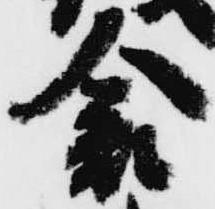
倉